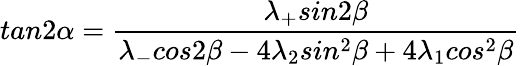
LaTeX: tan2\alpha=\frac{\lambda_{+}sin2\beta}{\lambda_{-}cos2\beta-4\lambda_{2}sin^{2}\beta+4\lambda_{1}cos^{2}\beta}\;